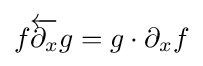
f{\overleftarrow {\partial _{x}}}g=g\cdot \partial _{x}f